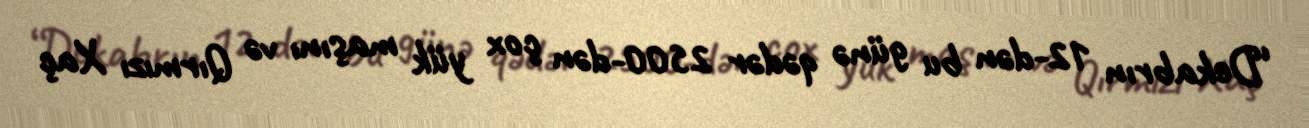
“Dekabrın 12-dən bu günə qədər 2500-dən çox yük maşını və Qırmızı Xaç